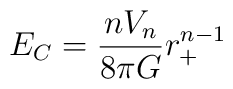
E_C = \frac{nV_n}{8\pi G}r_+^{n-1}